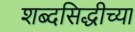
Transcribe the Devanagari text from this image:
शब्दसिद्धीच्या